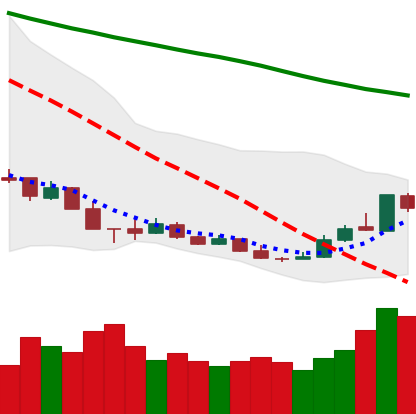
Ticker: XMR-USD
Chart end date: 2018-12-21
Forward return: -4.718%
Label: down_3_5